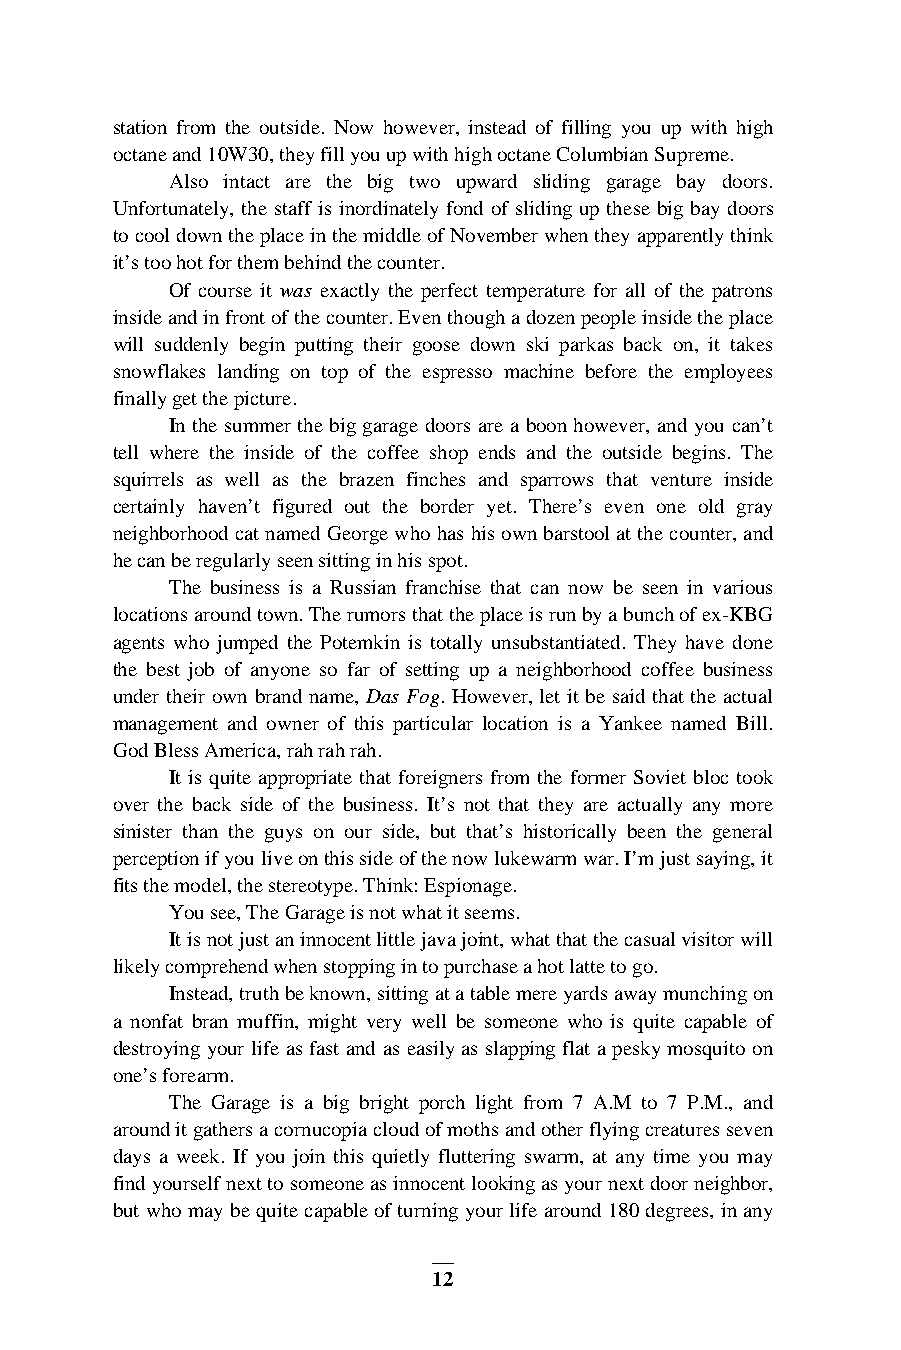
station from the outside. Now however, instead of filling you up with high
 octane and 10W30, they fill you up with high octane Columbian Supreme.
 Also intact are the big two upward sliding garage bay doors.
 Unfortunately, the staff is inordinately fond of sliding up these big bay doors
 to cool down the place in the middle of November when they apparently think
 it’s too hot for them behind the counter.
 Of course it was exactly the perfect temperature for all of the patrons
 inside and in front of the counter. Even though a dozen people inside the place
 will suddenly begin putting their goose down ski parkas back on, it takes
 snowflakes landing on top of the espresso machine before the employees
 finally get the picture.
 In the summer the big garage doors are a boon however, and you can’t
 tell where the inside of the coffee shop ends and the outside begins. The
 squirrels as well as the brazen finches and sparrows that venture inside
 certainly haven’t figured out the border yet. There’s even one old gray
 neighborhood cat named George who has his own barstool at the counter, and
 he can be regularly seen sitting in his spot.
 The business is a Russian franchise that can now be seen in various
 locations around town. The rumors that the place is run by a bunch of ex-KBG
 agents who jumped the Potemkin is totally unsubstantiated. They have done
 the best job of anyone so far of setting up a neighborhood coffee business
 under their own brand name, Das Fog. However, let it be said that the actual
 management and owner of this particular location is a Yankee named Bill.
 God Bless America, rah rah rah.
 It is quite appropriate that foreigners from the former Soviet bloc took
 over the back side of the business. It’s not that they are actually any more
 sinister than the guys on our side, but that’s historically been the general
 perception if you live on this side of the now lukewarm war. I’m just saying, it
 fits the model, the stereotype. Think: Espionage.
 You see, The Garage is not what it seems.
 It is not just an innocent little java joint, what that the casual visitor will
 likely comprehend when stopping in to purchase a hot latte to go.
 Instead, truth be known, sitting at a table mere yards away munching on
 a nonfat bran muffin, might very well be someone who is quite capable of
 destroying your life as fast and as easily as slapping flat a pesky mosquito on
 one’s forearm.
 The Garage is a big bright porch light from 7 A.M to 7 P.M., and
 around it gathers a cornucopia cloud of moths and other flying creatures seven
 days a week. If you join this quietly fluttering swarm, at any time you may
 find yourself next to someone as innocent looking as your next door neighbor,
 but who may be quite capable of turning your life around 180 degrees, in any
 12